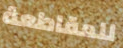
للمقاطعة